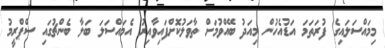
މިމައްސަލައިގެ ފުރަތަމަ އަޑުއެހުން މިއަދު ބޭއްވުމަށް ތާވަލުކޮށްފައިވާއިރު އެމައްސަލަ ބަލާ ބެންޗުގައި ސްޕްރީމު